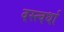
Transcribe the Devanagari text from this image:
वस्त्वर्धा